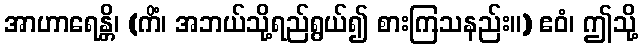
အာဟာရေန္တိ၊ (ကိံ၊ အဘယ်သို့ရည်ရွယ်၍ စားကြသနည်း။) ဧဝံ၊ ဤသို့